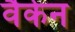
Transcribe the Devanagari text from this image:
वैकेन